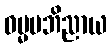
ဓမ္မမဘိညာယ